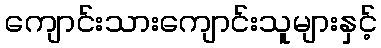
ကျောင်းသားကျောင်းသူများနှင့်